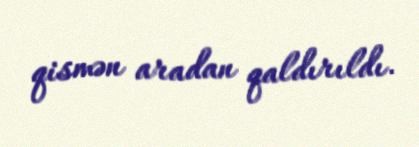
qismən aradan qaldırıldı.